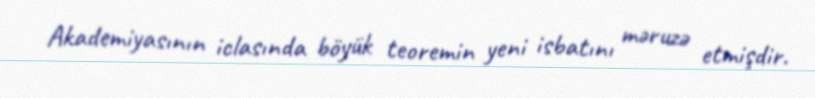
Akademiyasının iclasında böyük teoremin yeni isbatını məruzə etmişdir.